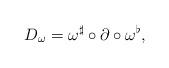
LaTeX: \begin{align*}D_\omega=\omega^\sharp\circ \partial\circ\omega^\flat,\end{align*}